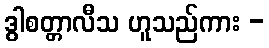
ဒွါစတ္တာလီသ ဟူသည်ကား -